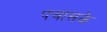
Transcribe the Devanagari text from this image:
पचासके